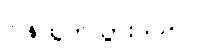
ပြန်ထွက်သွားသည်။